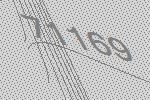
71169